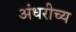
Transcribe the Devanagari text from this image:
अंधरीच्य